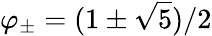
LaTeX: \varphi_{\pm}=(1\pm{\sqrt{5}})/2